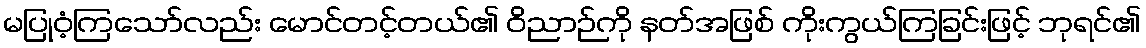
မပြုဝံ့ကြသော်လည်း မောင်တင့်တယ်၏ ဝိညာဉ်ကို နတ်အဖြစ် ကိုးကွယ်ကြခြင်းဖြင့် ဘုရင်၏